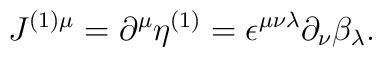
J^{(1)\mu}= \partial^\mu \eta^{(1)} = \epsilon^{\mu \nu \lambda} \partial_\nu\beta_\lambda .